Calcutta medical institutions reports 1892-1900
Year: 1892
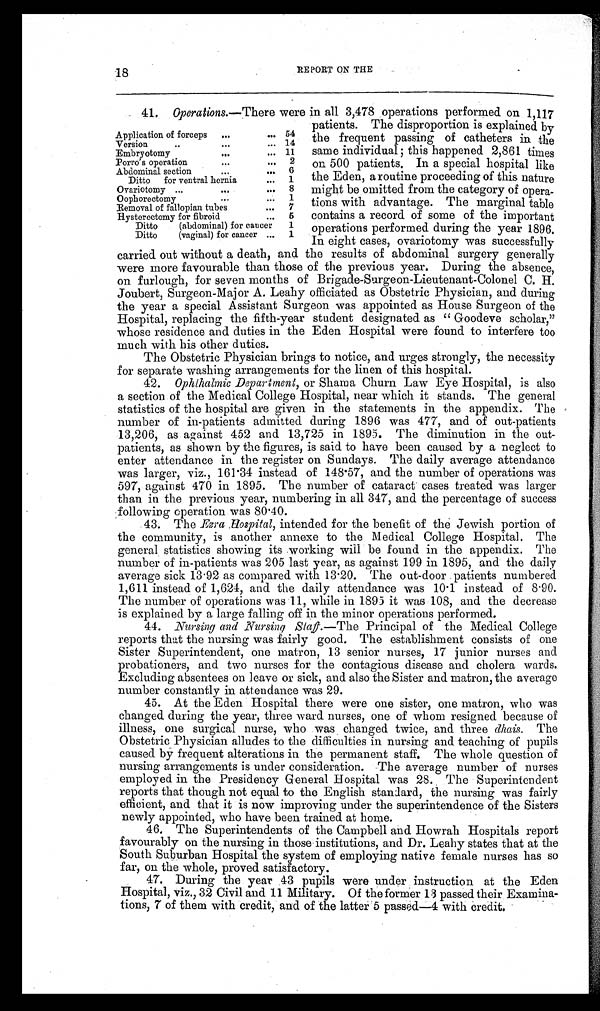
18
REPORT ON THE
41. Operations.— There were in all 3,478 operations performed on 1,117
patients. The disproportion is explained by
the frequent passing of catheters in the
same individual; this happened 2, 861 times
on 500 patients. In a special hospital like
the Eden, a routine proceeding of this nature
might be omitted from the category of opera
-tions with advantage. The marginal table
contains a record of some of the important
operations performed during the year 1896.
In eight cases, ovariotomy was successfully
carried out without a death, and the results of abdominal surgery generally
were more favourable than those of the previous year. During the absence,
on furlough, for seven months of Brigade-Surgeon-Lieutenant-Colonel C. H.
Joubert, Surgeon-Major A. Leahy officiated as Obstetric Physician, and during
the year a special Assistant Surgeon was appointed as House Surgeon of the
Hospital, replacing the fifth-year student designated as "Goodeve scholar,"
whose residence and duties in the Eden Hospital were found to interfere too
much with his other duties.
The Obstetric Physician brings to notice, and urges strongly, the necessity
for separate washing arrangements for the linen of this hospital.
42.
Ophthalmic Department, or Shama Churn Law Eye Hospital, is also
a section of the Medical College Hospital, near which it stands. The general
statistics of the hospital are given in the statements in the appendix. The
number of in-patients admitted during 1896 was 477, and of out-patients
13,206, as against 452 and 13,725 in 1895. The diminution in the out-
patients, as shown by the figures, is said to have been caused by a neglect to
enter attendance in the register on Sundays. The daily average attendance
was larger, viz., 161.34 instead of 148.57, and the number of operations was
597, against 470 in 1895. The number of cataract cases treated was larger
than in the previous year, numbering in all 347, and the percentage of success
following operation was 80.40.
43. The Ezra Hospital, intended for the benefit of the Jewish portion of
the community, is another annexe to the Medical College Hospital. The
general statistics showing its working will be found in the appendix. The
number of in-patients was 205 last year, as against 199 in 1895, and the daily
average sick 13.92 as compared with 13.20. The out-door patients numbered
1,611 instead of 1,624, and the daily attendance was 10.1 instead of 8.90.
The number of operations was 11, while in 1895 it was 108, and the decrease
is explained by a large falling off in the minor operations performed.
44. Nursing and Nursing Staff.— The Principal of the Medical College
reports that the nursing was fairly good. The establishment consists of one
Sister Superintendent, one matron, 13 senior nurses, 17 junior nurses and
probationers, and two nurses for the contagious disease and cholera wards.
Excluding absentees on leave or sick, and also the Sister and matron, the average
number constantly in attendance was 29.
45. At the Eden Hospital there were one sister, one matron, who was
changed during the year, three ward nurses, one of whom resigned because of
illness, one surgical nurse, who was changed twice, and three dhais. The
Obstetric Physician alludes to the difficulties in nursing and teaching of pupils
caused by frequent alterations in the permanent staff. The whole question of
nursing arrangements is under consideration. The average number of nurses
employed in the Presidency General Hospital was 28. The Superintendent
reports that though not equal to the English standard, the nursing was fairly
efficient, and that it is now improving under the superintendence of the Sisters
newly appointed, who have been trained at home.
46. The Superintendents of the Campbell and Howrah Hospitals report
favourably on the nursing in those institutions, and Dr. Leahy states that at the
South Suburban Hospital the system of employing native female nurses has so
far, on the whole, proved satisfactory.
47. During the year 43 pupils were under instruction at the Eden
Hospital, viz., 32 Civil and 11 Military. Of the former 13 passed their Examina-
tions, 7 of them with credit, and of the latter 5 passed—4 with Credit.
Application of forceps
54
Version
14
Embryotomy
11
Porro's operation
2
Abdominal section
6
Ditto for ventral hernia
1
Ovariotomy
8
Oophorectomy
1
Removal of fallopian tubes
7
Hysterectomy for fibroid
5
Ditto (abdominal) for cancer
1
Ditto (vaginal) for cancer
1